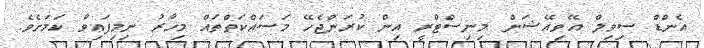
އެންޑް ސިވިލް އޭވިއޭޝަން މިނިސްޓްރީ އިން ކުރަންޖެހޭ މަސައްކަތްތައް މިހާރު ނިމިފައިވާ ކަމަށެވެ.